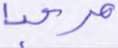
مرحبا